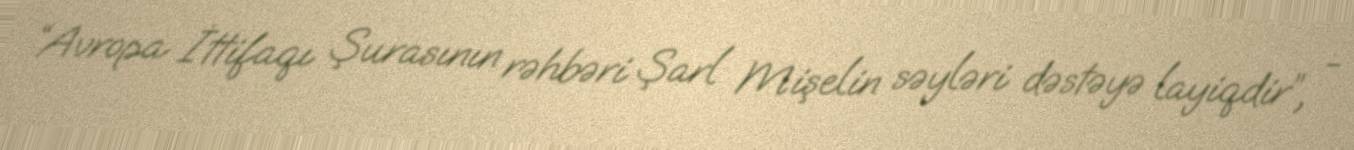
“Avropa İttifaqı Şurasının rəhbəri Şarl Mişelin səyləri dəstəyə layiqdir”, -